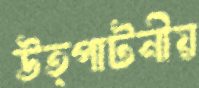
উত্পাটনীয়